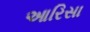
આરિસા